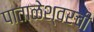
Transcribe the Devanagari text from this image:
पाताळेश्वरची